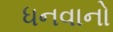
ધનવાનો